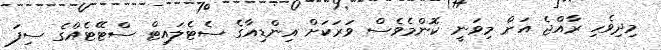
މިދިވެހި ރާއްޖެ އަށް މިވަނީ ކޮންމެވެސް ވަރަކަށް އިންޑިއާގެ ސެޓެލައިޓް ސްޓޭޓެއްގެ ސިފަ